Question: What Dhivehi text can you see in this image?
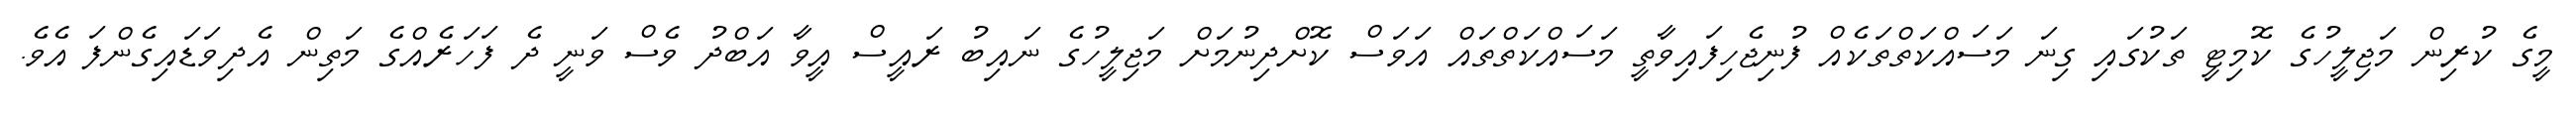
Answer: މީގެ ކުރިން މަޖިލީހުގެ ކޮމިޓީ ތަކުގައި ގިނަ މަސައްކަތްތަކެއް ފުނިޖެހިފައިވާތީ މަސައްކަތްތައް އަވަސް ކޮށްދިނުމަށް މަޖިލީހުގެ ނައިބު ރައީސް އީވާ އަބްދު ވެސް ވަނީ ދެ ފަހަރެއްގެ މަތިން އެދިވަޑައިގެންފަ އެވެ.